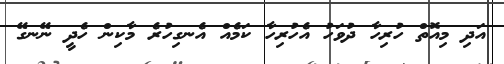
އަދި މިއޮތް ހުރިހާ ދުވަހު އެހުރިހާ ކަމެއް އެނގިހުރެ މާކިން ހެދީ ނޭނގޭ